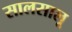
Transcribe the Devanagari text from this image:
सालसालू